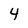
Character: 4